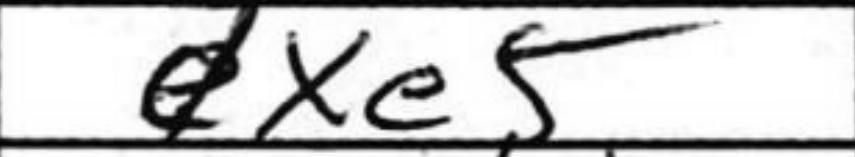
Transcription: dxe5